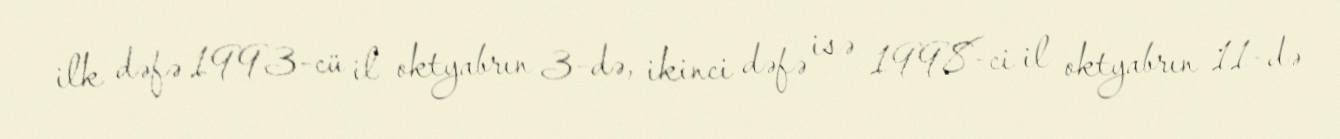
ilk dəfə 1993-cü il oktyabrın 3-də, ikinci dəfə isə 1998-ci il oktyabrın 11-də